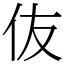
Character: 伖